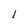
Character: 1